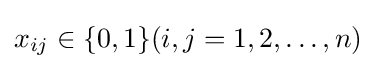
x_{ij}\in \{0,1\}(i,j=1,2,\dots ,n)